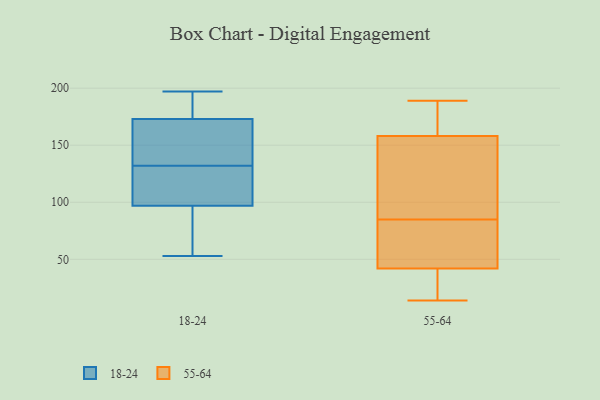
{"axis": {"x": "Churn Rate (%)", "y": "Value"}, "legend": ["18-24", "55-64"], "data": [{"x": "", "y": 58, "type": "18-24"}, {"x": "", "y": 73, "type": "18-24"}, {"x": "", "y": 173, "type": "18-24"}, {"x": "", "y": 149, "type": "18-24"}, {"x": "", "y": 180, "type": "18-24"}, {"x": "", "y": 107, "type": "18-24"}, {"x": "", "y": 158, "type": "18-24"}, {"x": "", "y": 97, "type": "18-24"}, {"x": "", "y": 172, "type": "18-24"}, {"x": "", "y": 115, "type": "18-24"}, {"x": "", "y": 108, "type": "18-24"}, {"x": "", "y": 53, "type": "18-24"}, {"x": "", "y": 179, "type": "18-24"}, {"x": "", "y": 197, "type": "18-24"}, {"x": "", "y": 179, "type": "55-64"}, {"x": "", "y": 189, "type": "55-64"}, {"x": "", "y": 66, "type": "55-64"}, {"x": "", "y": 99, "type": "55-64"}, {"x": "", "y": 94, "type": "55-64"}, {"x": "", "y": 158, "type": "55-64"}, {"x": "", "y": 23, "type": "55-64"}, {"x": "", "y": 42, "type": "55-64"}, {"x": "", "y": 14, "type": "55-64"}, {"x": "", "y": 76, "type": "55-64"}]}